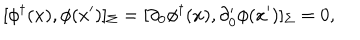
[ \phi ^ { \dagger } ( x ) , \phi ( x ^ { \prime } ) ] _ { \Sigma } = [ \partial _ { 0 } \phi ^ { \dagger } ( x ) , \partial _ { 0 } ^ { \prime } \phi ( x ^ { \prime } ) ] _ { \Sigma } = 0 ,